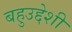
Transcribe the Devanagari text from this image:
बहुउद्देशी